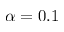
\alpha = 0 . 1